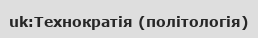
uk:Технократія (політологія)